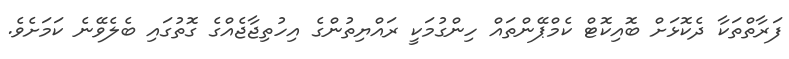
ފަރާތްތަކާ ދެކޮޅަށް ބޮއިކޮޓް ކެމްޕޭންތައް ހިންގުމަކީ ރައްޔިތުންގެ އިހުތިޖާޖެއްގެ ގޮތުގައި ބެލެވޭނެ ކަމަށެވެ.